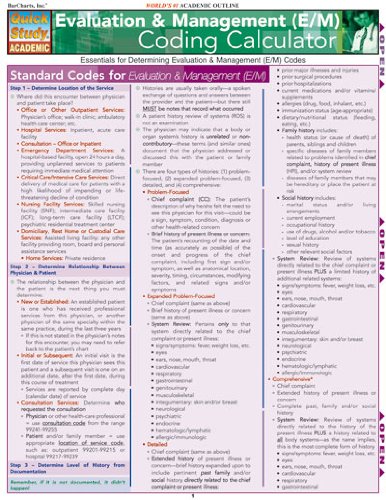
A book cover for Evaluation & Management (E/M) Coding Calculator (Quickstudy: Academic); Inc. BarCharts; Medical Books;